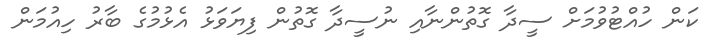
ކަން ހުއްޓުވުމަށް ސީދާ ގޮތުންނާއި ނުސީދާ ގޮތުން ފިޔަވަޅު އެޅުމުގެ ބާރު ހިއުމަން